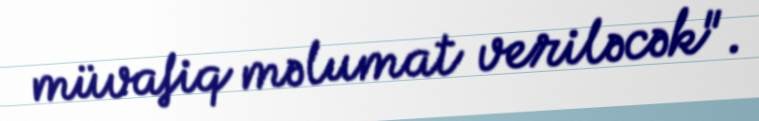
müvafiq məlumat veriləcək".